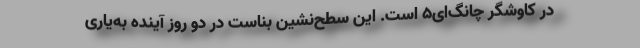
در کاوشگر چانگ‌ای۵ است. این سطح‌نشین بناست در دو روز آینده به‌یاری